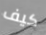
كيف